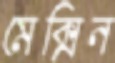
মেক্সিন